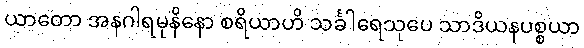
ယာတော အနဂါရမုနိနော စရိယာဟိ သင်္ခါရေသုပေ သာဒိယနပစ္စယာ